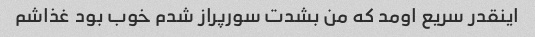
اینقدر سریع اومد که من بشدت سورپراز شدم خوب بود غذاشم